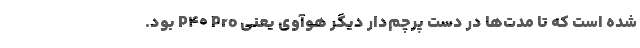
شده است که تا مدت‌ها در دست پرچم‌دار دیگر هوآوی یعنی P40 Pro بود.